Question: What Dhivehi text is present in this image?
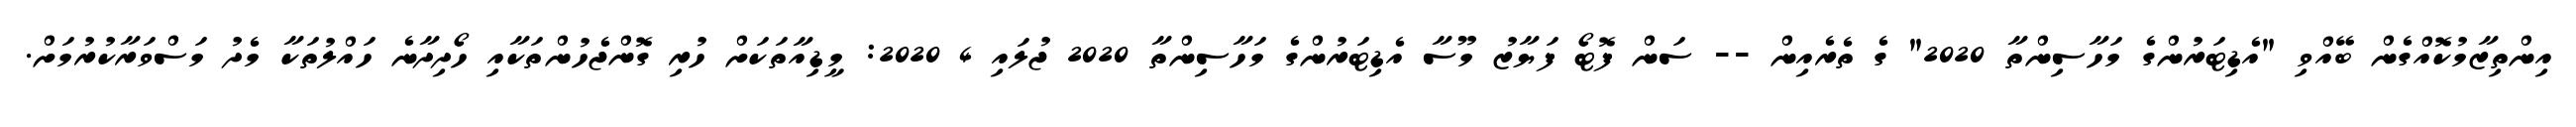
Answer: އިންތިޒާމުކޮއްގެން ބޭއްވި "އެޑިޓަރުންގެ މަހާސިންތާ 2020" ގެ ތެރެއިން -- ސަން ފޮޓޯ ފަޔާޒު މޫސާ އެޑިޓަރުންގެ މަހާސިންތާ 2020 ޖުލައި 4 2020: މީޑިއާތަކަށް ހުރި ގޮންޖެހުންތަކާއި ހޯދިދާނެ ހައްލުތަކާ މެދު މަސްވަރާކުރުމަށް.